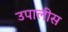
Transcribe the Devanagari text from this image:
उपालीस